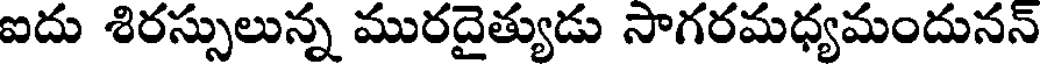
ఐదు శిరస్సులున్న మురదైత్యుడు సాగరమధ్యమందునన్